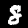
Digit: 8